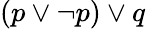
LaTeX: (p\lor\neg p)\lor q